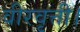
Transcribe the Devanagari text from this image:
वीरवृत्ती।